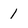
Character: 1